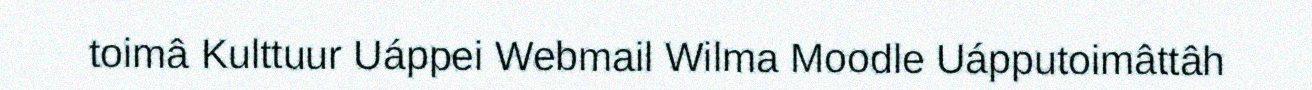
toimâ Kulttuur Uáppei Webmail Wilma Moodle Uápputoimâttâh